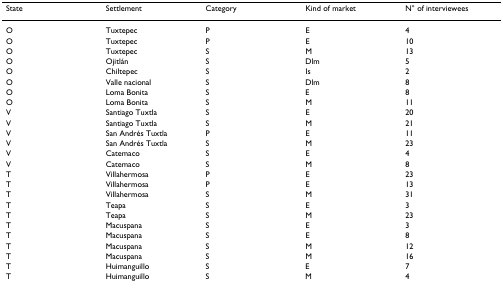
<table><thead><tr><td><b>State</b></td><td><b>Settlement</b></td><td><b>Category</b></td><td><b>Kind of market</b></td><td><b>N° of interviewees</b></td></tr></thead><tbody><tr><td>O</td><td>Tuxtepec</td><td>P</td><td>E</td><td>4</td></tr><tr><td>O</td><td>Tuxtepec</td><td>P</td><td>E</td><td>10</td></tr><tr><td>O</td><td>Tuxtepec</td><td>S</td><td>M</td><td>13</td></tr><tr><td>O</td><td>Ojitlán</td><td>S</td><td>Dlm</td><td>5</td></tr><tr><td>O</td><td>Chiltepec</td><td>S</td><td>Is</td><td>2</td></tr><tr><td>O</td><td>Valle nacional</td><td>S</td><td>Dlm</td><td>8</td></tr><tr><td>O</td><td>Loma Bonita</td><td>S</td><td>E</td><td>8</td></tr><tr><td>O</td><td>Loma Bonita</td><td>S</td><td>M</td><td>11</td></tr><tr><td>V</td><td>Santiago Tuxtla</td><td>S</td><td>E</td><td>20</td></tr><tr><td>V</td><td>Santiago Tuxtla</td><td>S</td><td>M</td><td>21</td></tr><tr><td>V</td><td>San Andrés Tuxtla</td><td>P</td><td>E</td><td>11</td></tr><tr><td>V</td><td>San Andrés Tuxtla</td><td>S</td><td>M</td><td>23</td></tr><tr><td>V</td><td>Catemaco</td><td>S</td><td>E</td><td>4</td></tr><tr><td>V</td><td>Catemaco</td><td>S</td><td>M</td><td>8</td></tr><tr><td>T</td><td>Villahermosa</td><td>P</td><td>E</td><td>23</td></tr><tr><td>T</td><td>Villahermosa</td><td>P</td><td>E</td><td>13</td></tr><tr><td>T</td><td>Villahermosa</td><td>S</td><td>M</td><td>31</td></tr><tr><td>T</td><td>Teapa</td><td>S</td><td>E</td><td>3</td></tr><tr><td>T</td><td>Teapa</td><td>S</td><td>M</td><td>23</td></tr><tr><td>T</td><td>Macuspana</td><td>S</td><td>E</td><td>3</td></tr><tr><td>T</td><td>Macuspana</td><td>S</td><td>E</td><td>8</td></tr><tr><td>T</td><td>Macuspana</td><td>S</td><td>M</td><td>12</td></tr><tr><td>T</td><td>Macuspana</td><td>S</td><td>M</td><td>16</td></tr><tr><td>T</td><td>Huimanguillo</td><td>S</td><td>E</td><td>7</td></tr><tr><td>T</td><td>Huimanguillo</td><td>S</td><td>M</td><td>4</td></tr></tbody></table>